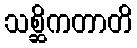
သစ္ဆိကတာတိ